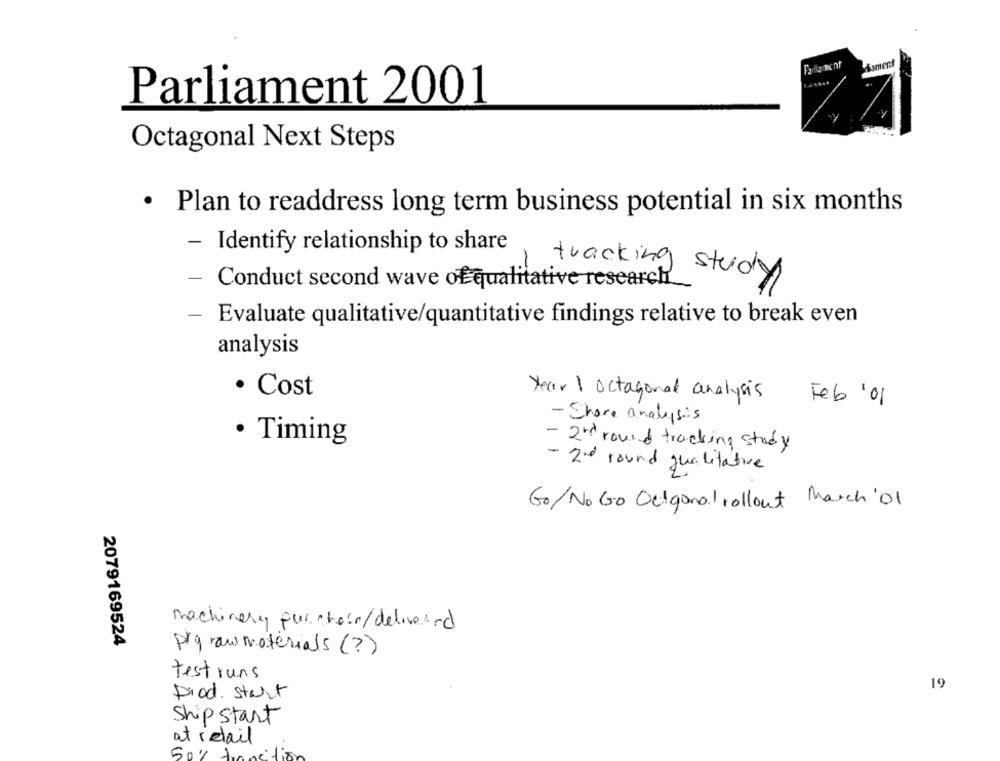
Farla nonf
Parliament 2001
Octagonal Next Steps
· Plan to readdress long term business potential in six months
- Identify relationship to share
-
Conduct second wave of qualitative research_
tracking study
-
Evaluate qualitative/quantitative findings relative to break even
analysis
· Cost
Year 1 octagonal analysis
Feb '01
- Shore analysis
· Timing
- 2nd round tracking study
- 2nd round qualitative
Go/No Go Outgonal rollout March'01
machinery pur choir/delivered
2079169524
prg raw materials(?)
test runs
19
Diod. start
Ship Start
at retail
50%